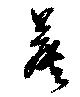
薝